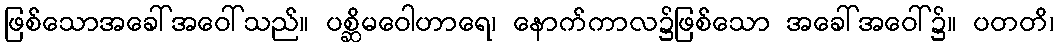
ဖြစ်သောအခေါ်အဝေါ်သည်။ ပစ္ဆိမဝေါဟာရေ၊ နောက်ကာလ၌ဖြစ်သော အခေါ်အဝေါ်၌။ ပတတိ၊